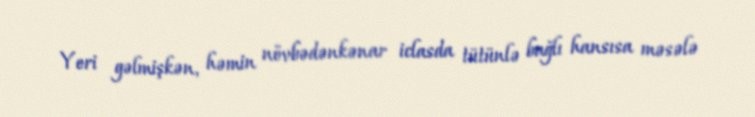
Yeri gəlmişkən, həmin növbədənkənar iclasda tütünlə bağlı hansısa məsələ